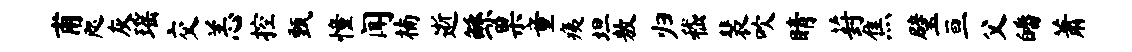
甫咫灰瑶交恙控甄憧闻楠逝鲧果童痍坦敖归嵇裴吹睛葑焦璧亘父皤萧